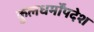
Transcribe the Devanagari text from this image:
कुलधर्मोंपदेश